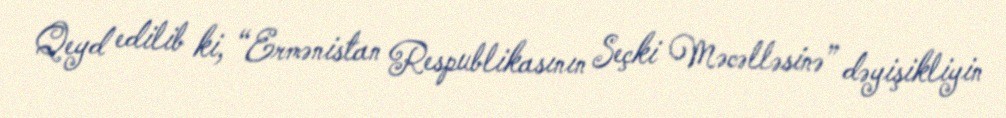
Qeyd edilib ki, “Ermənistan Respublikasının Seçki Məcəlləsinə” dəyişikliyin